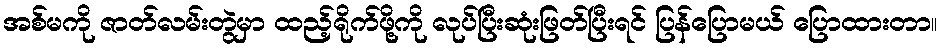
အစ်မကို ဇာတ်လမ်းတွဲမှာ ထည့်ရိုက်ဖို့ကို လုပ်ပြီးဆုံးဖြတ်ပြီးရင် ပြန်ပြောမယ် ပြောထားတာ။